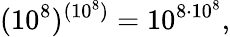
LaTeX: (10^{8})^{(10^{8})}=10^{8\cdot 10^{8}},